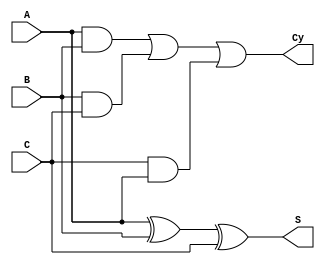
module addertesting ( 
	input A, 
	input B, 
	input C, 
	output S, 
	output Cy ) ; 
	
assign S = A ^ B ^ C ; 
assign Cy = (A & B) | (B & C) | (C & A) ; 

endmodule